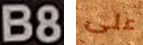
B8 على